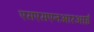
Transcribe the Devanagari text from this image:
एसएसएनआरआई